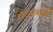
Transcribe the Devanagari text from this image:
होटलकर्मी